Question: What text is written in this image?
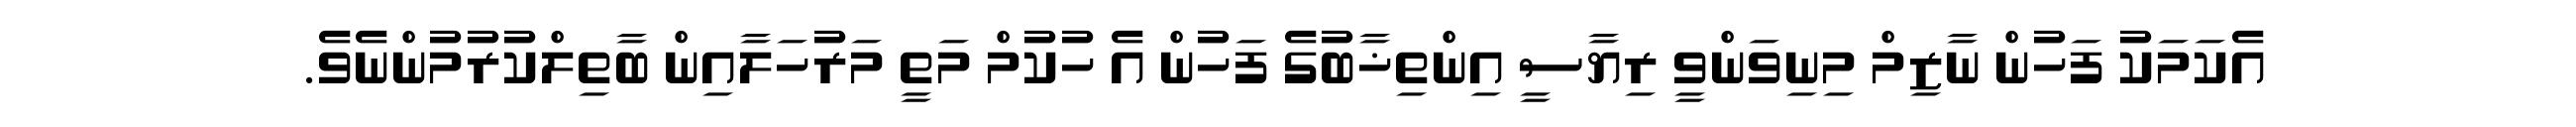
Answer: އެކަމަކު ފަހުން ނާޒިމް މިނިވަންވީ ރިޔާސީ އިންތިޚާބުގެ ފަހުން އެ ހުކުމް މަތީ މަރުހަލާއިން ބާތިލްކުރުމުންނެވެ.